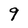
Character: 9